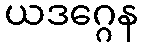
ယဒဂ္ဂေန